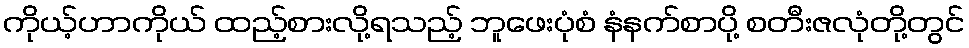
ကိုယ့်ဟာကိုယ် ထည့်စားလို့ရသည့် ဘူဖေးပုံစံ နံနက်စာပို့ စတီးဇလုံတို့တွင်